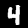
Label: 4